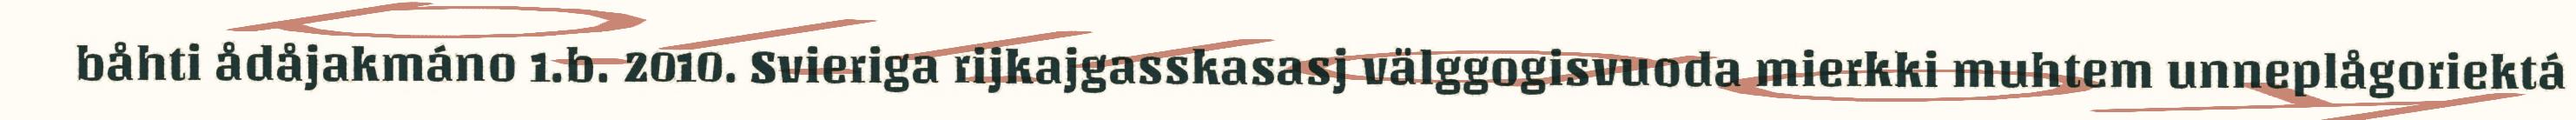
båhti ådåjakmáno 1.b. 2010. Svieriga rijkajgasskasasj välggogisvuoda mierkki muhtem unneplågoriektá